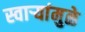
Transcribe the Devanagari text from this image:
स्वार्‍यांमुळे